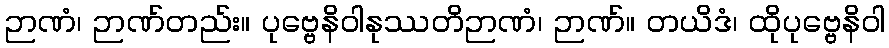
ဉာဏံ၊ ဉာဏ်တည်း။ ပုဗ္ဗေနိဝါနုဿတိဉာဏံ၊ ဉာဏ်။ တယိဒံ၊ ထိုပုဗ္ဗေနိဝါ